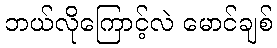
ဘယ်လိုကြောင့်လဲ မောင်ချစ်